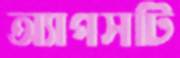
অ্যাপসটি